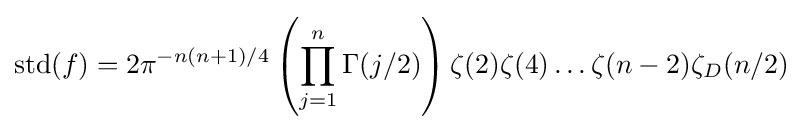
\operatorname {std} (f)=2\pi ^{-n(n+1)/4}\left(\prod _{j=1}^{n}\Gamma (j/2)\right)\zeta (2)\zeta (4)\dots \zeta (n-2)\zeta _{D}(n/2)